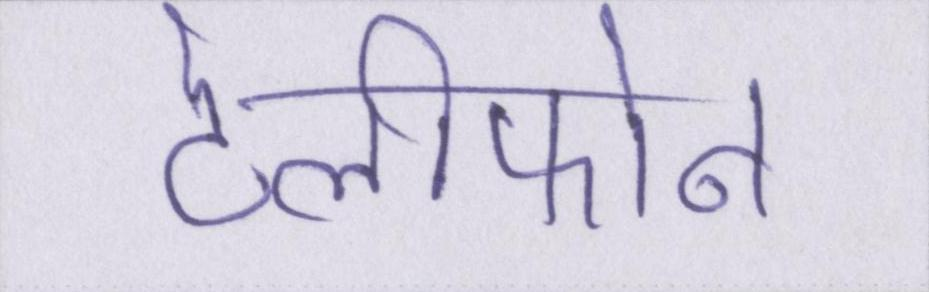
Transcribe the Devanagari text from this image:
टेलीफोन